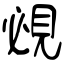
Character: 覕